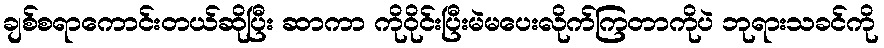
ချစ်စရာကောင်းတယ်ဆိုပြီး ဆာကာ ကိုဝိုင်းပြီးမဲမပေးလိုက်ကြတာကိုပဲ ဘုရားသခင်ကို